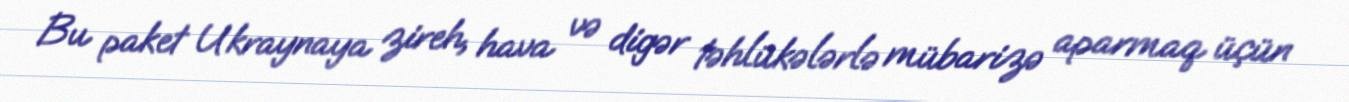
Bu paket Ukraynaya zireh, hava və digər təhlükələrlə mübarizə aparmaq üçün